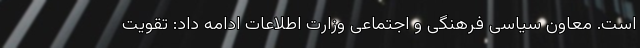
است. معاون سیاسی فرهنگی و اجتماعی وزارت اطلاعات ادامه داد: تقویت